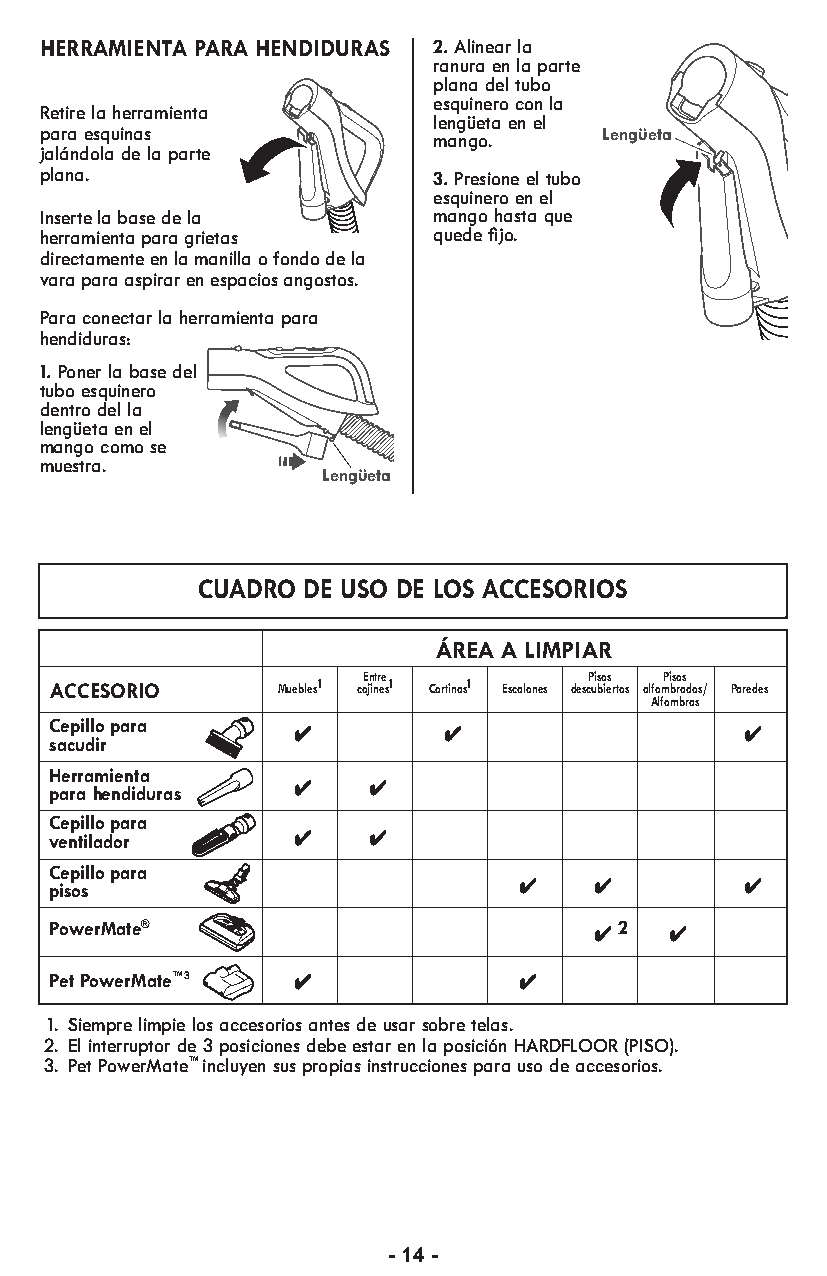
HERRAMIENTA PARA HENDIDURAS 2.Alinear la
 ranura en la parte
 plana del tubo
 esquinero con la
 Retire la herramienta
 lengüeta en el
 para esquinas             mango.     Lengüeta
 jalándola de la parte
 plana.                    3.Presione el tubo
 esquinero en el
 Inserte la base de la     mango hasta que
 herramienta para grietas  quede fijo.
 directamente en la manilla o fondo de la
 vara para aspirar en espacios angostos.
 Para conectar la herramienta para
 hendiduras:
 1.Poner la base del
 tubo esquinero
 dentro del la
 lengüeta en el
 mango como se
 muestra.
 Lengüeta
 CUADRO DE USO DE LOS ACCESORIOS
 ÁREA A LIMPIAR
 Entre          Pisos Pisos
 ACCESORIO      Muebles1 cojines1 Cortinas1 Escalones descubiertos alfombrados/ Paredes
 Alfombras
 Cepillo para
 sacudir
 Herramienta
 para hendiduras
 Cepillo para
 ventilador
 Cepillo para
 pisos
 PowerMate®  TSUJDAEELDSNAEAHLERHSEUSRAEBLER 2
 Pet PowerMate™3
 1. Siempre limpie los accesorios antes de usar sobre telas.
 2. El interruptor de 3 posiciones debe estar en la posición HARDFLOOR (PISO).
 3. Pet PowerMate™ incluyen sus propias instrucciones para uso de accesorios.
 - 14 -